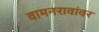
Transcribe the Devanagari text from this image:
वामनरावांवर